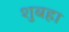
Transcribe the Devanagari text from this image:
शुबहा